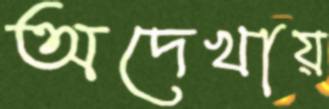
অদেখায়